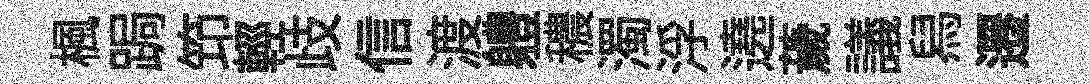
楓跼笻輕歧信渡軆穠濁浮遶薉議舄遷